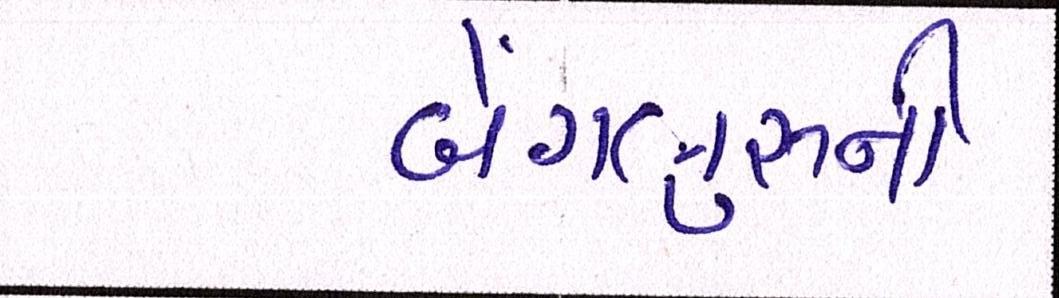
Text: બેંગલુરૂની